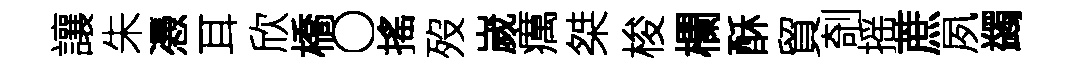
讓朱慿耳欣橋〇搖歿嵗癘桀梭欄酥貿剞摇蔗夙蠲